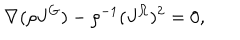
LaTeX: \nabla ( \rho J ^ { G } ) - \rho ^ { - 1 } ( J ^ { \Omega } ) ^ { 2 } = 0 ,